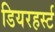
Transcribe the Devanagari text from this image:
डियरहर्स्ट